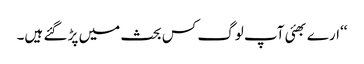
‘‘ارے بھئی آپ لوگ کس بحث میں پڑ گئے ہیں۔